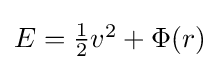
{\textstyle E={\frac {1}{2}}v^{2}+\Phi (r)}